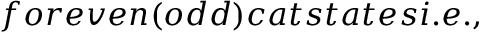
f o r e v e n ( o d d ) c a t s t a t e s i . e . ,